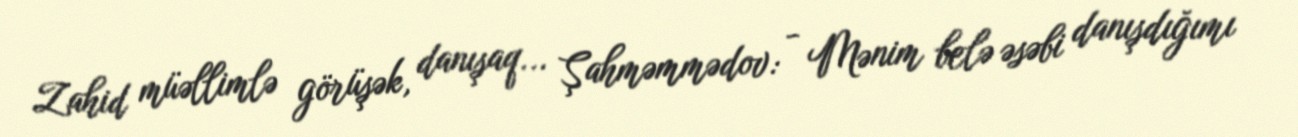
Zahid müəllimlə görüşək, danışaq... Şahməmmədov: - Mənim belə əsəbi danışdığımı